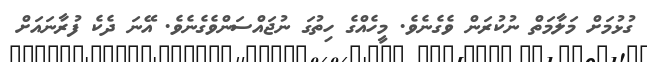
ގުޅުމަށް މަލާމަތް ނުކުރަން ވެގެނެވެ. މީހެއްގެ ހިތުގަ ނުޖައްސަންވެގެނެވެ. އޭނަ ދެކެ ފުރާނައަށް